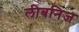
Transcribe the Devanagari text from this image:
लीबनिज